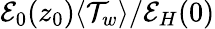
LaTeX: \mathcal{E}_{0}(z_{0})\langle\mathcal{T}_{w}\rangle/\mathcal{E}_{H}(0)